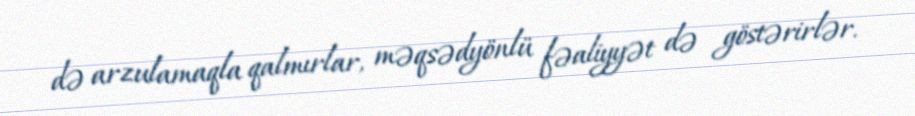
də arzulamaqla qalmırlar, məqsədyönlü fəaliyyət də göstərirlər.